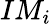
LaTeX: IM_{i}